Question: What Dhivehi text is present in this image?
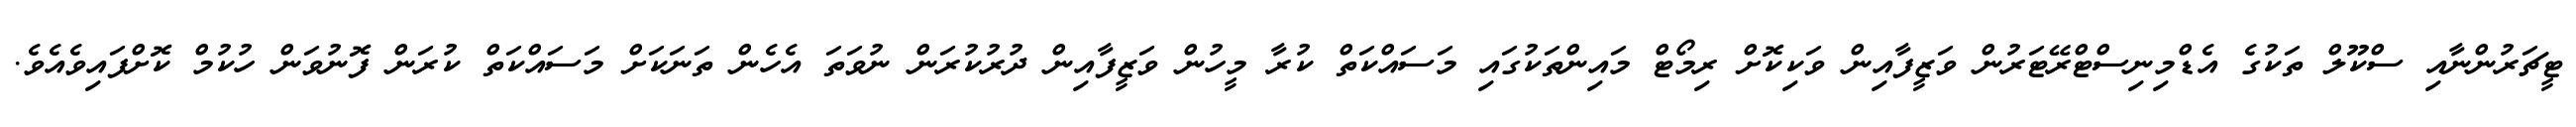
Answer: ޓީޗަރުންނާއި ސްކޫލް ތަކުގެ އެޑްމިނިސްޓްރޭޓަރުން ވަޒީފާއިން ވަކިކޮށް ރިމޯޓް މައިންތަކުގައި މަސައްކަތް ކުރާ މީހުން ވަޒީފާއިން ދުރުކުރަން ނުވަތަ އެހެން ތަނަކަށް މަސައްކަތް ކުރަން ފޮނުވަން ހުކުމް ކޮށްފައިވެއެވެ.